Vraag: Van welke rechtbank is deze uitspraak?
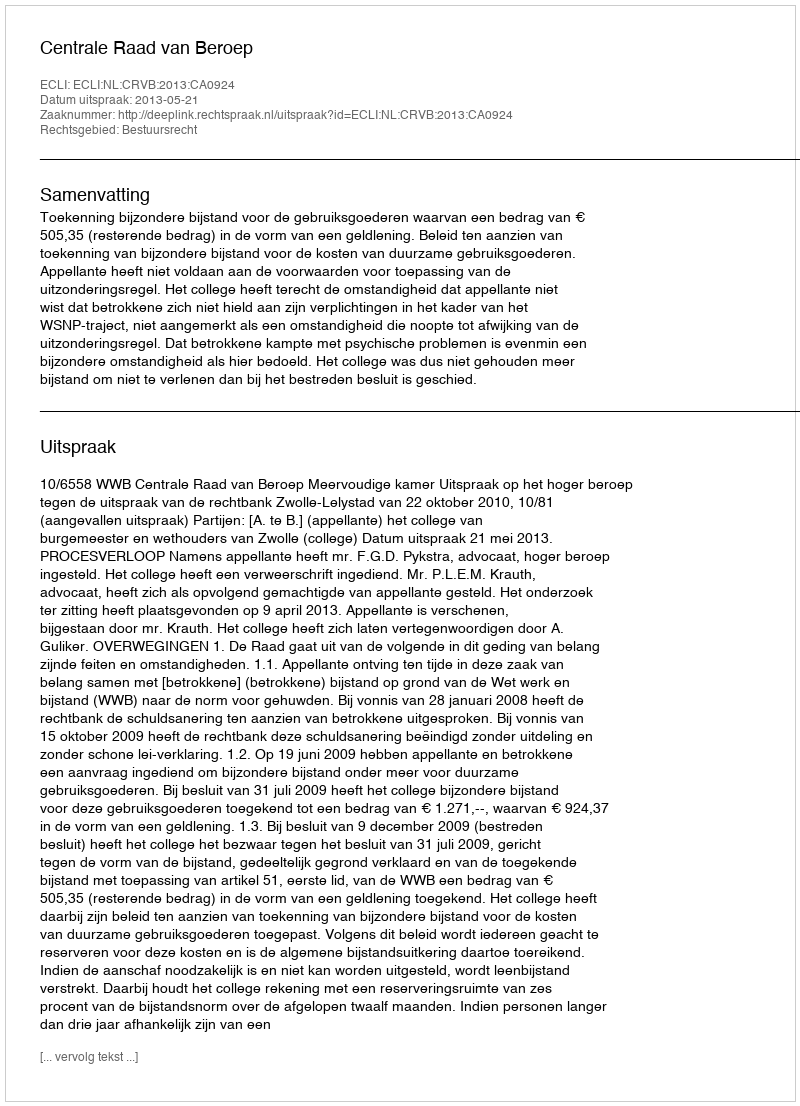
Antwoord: Centrale Raad van Beroep